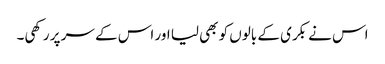
اس نے بکری کے بالوں کو بھی لیا اور اس کے سر پر رکھی۔